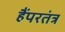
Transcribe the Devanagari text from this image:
हैंपरतंत्र